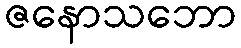
ဇနောသဘော